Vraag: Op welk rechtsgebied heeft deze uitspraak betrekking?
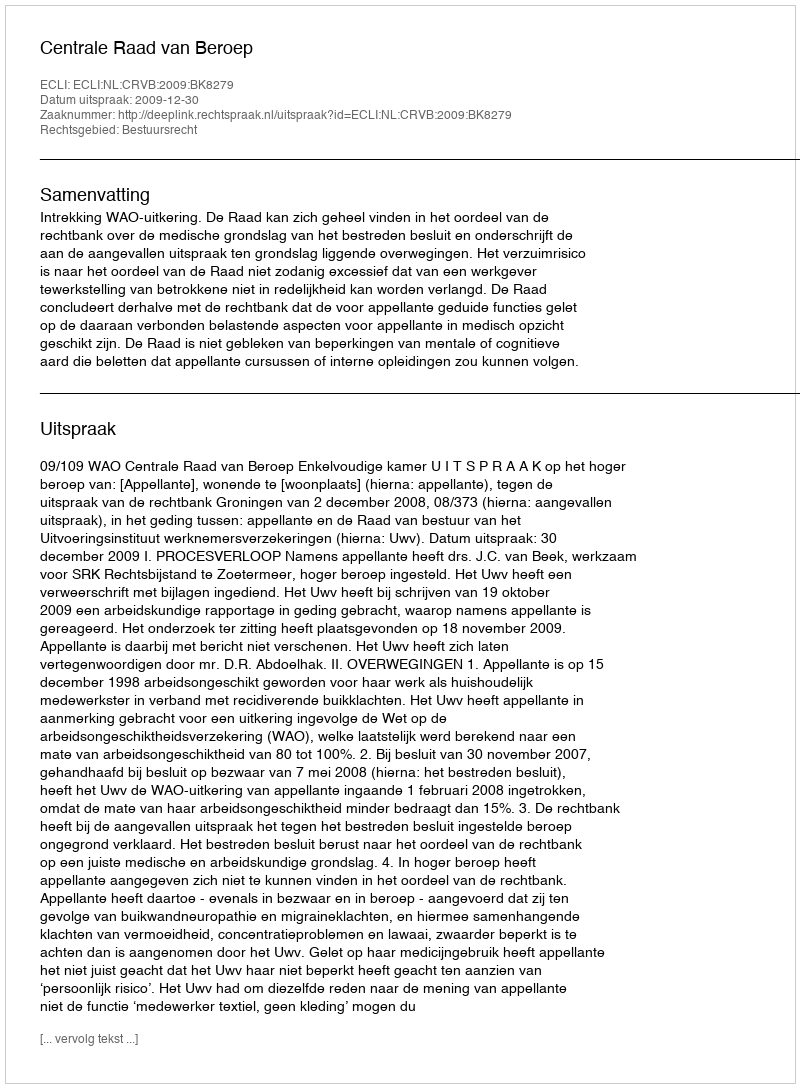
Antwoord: Bestuursrecht